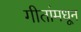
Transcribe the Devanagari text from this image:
गीतांमधून